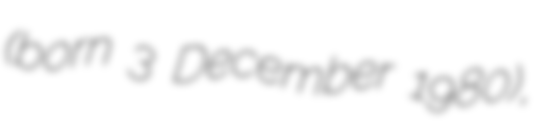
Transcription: (born 3 December 1980),